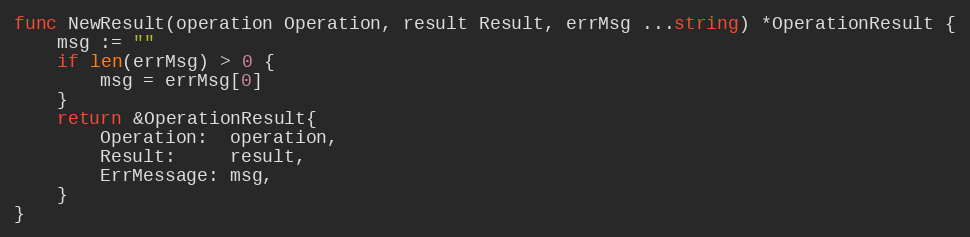
Language: Go
func NewResult(operation Operation, result Result, errMsg ...string) *OperationResult {
	msg := ""
	if len(errMsg) > 0 {
		msg = errMsg[0]
	}
	return &OperationResult{
		Operation:  operation,
		Result:     result,
		ErrMessage: msg,
	}
}